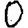
Digit: 0